Civil Veterinary Department. United Provinces 1923-31 - 1923-1931
Year: 1923
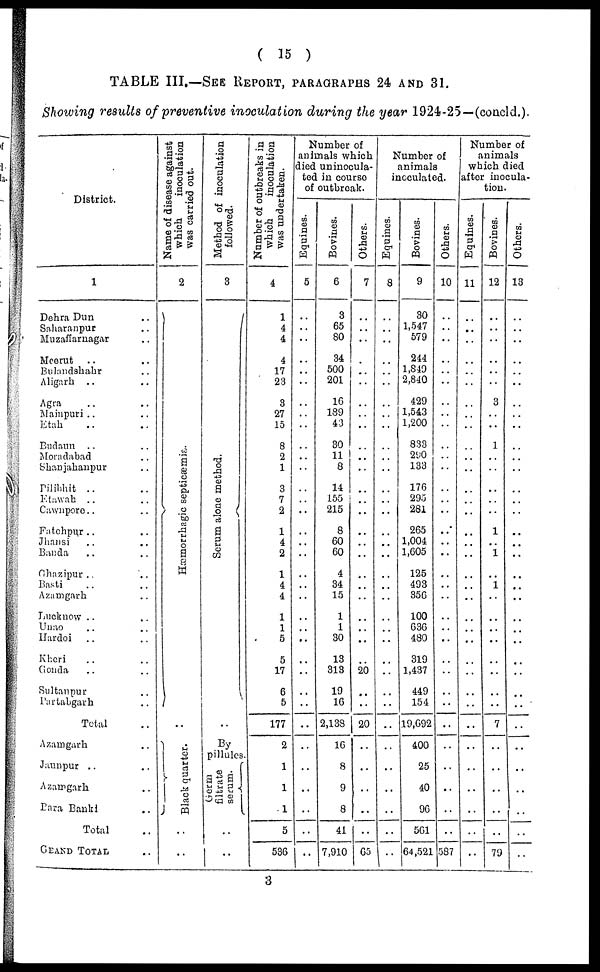
( 15 )
TABLE III.—SEE REPORT, PARAGRAPHS 24 AND 31.
Showing results of preventive inoculation during the year 1924-25—(concld.).
District.
1
Dehra Dun ..
Saharanpur ..
Muzaffarnagar ..
Meetut .. ..
Bulandshahr ..
Aligarh .. ..
Agra .. ..
Mainpuri .. ..
Etah .. ..
Budaun .. ..
Moradabad ..
Shanjahanpur ..
Pilibhit .. ..
Etawah .. ..
Cawnpore.. ..
Fatchpur.. ..
Jhansi .. ..
Bauda .. ..
Ghazipur .. ..
Basti .. ..
Azamgarh ..
Lucknow .. ..
Unao .. ..
Hardoi .. ..
Kheri .. ..
Gonda .. ..
Sultanpur ..
Partabgarh ..
Total ..
Azamgarh ..
Jaunpur .. ..
Azamgarh ..
Para Bankl ..
Total ..
GRAND TOTAL ..
Name of disease against
which
inoculation
was carried out.
2
Hæmorrhagic septicæmia.
Black quarter.
..
Method of inoculation
followed.
3
Se r
um alone method.
By
pillules
Germ
filtrate
serum.
..
Number of outbreaks in
which
inoculation
was undertaken.
4
1
4
4
4
17
23
3
27
15
8
2
1
3
7
2
1
4
2
1
4
4
1
1
5
5
17
6
5
177
2
1
1
1
5
536
Number of
animals which
died uninocula-
ted in course
of outbreak.
Equines.
5
..
..
..
..
..
..
..
..
..
..
..
..
..
..
..
..
..
..
..
..
..
..
..
..
..
..
..
..
..
..
..
..
..
..
..
Bovines.
6
3
65
80
34
500
201
16
189
43
30
11
8
14
155
215
8
60
60
4
34
15
1
1
30
13
313
19
16
2,138
16
8
9
8
41
7,910
Others.
7
..
..
..
..
..
..
..
..
..
..
..
..
..
..
..
..
..
..
20
20
..
..
65
Number of
animals
inoculated.
Equines.
8
..
..
..
..
..
..
..
..
..
..
..
..
..
..
..
..
..
..
..
..
..
Bovines.
9
30
1,547
579
244
1,849
2,840
429
1,543
1,200
833
290
133
176
295
281
265
1,004
1,605
125
493
356
100
636
480
319
1,437
449
154
19,692
400
25
40
96
561
64,521
Others.
10
..
..
..
..
..
..
..
..
..
..
..
..
..
..
..
..
..
..
..
..
..
..
..
..
..
..
..
..
..
..
..
..
..
..
587
Number of
animals
which died
after inocula-
tion.
Equines.
11
..
..
..
..
..
..
..
..
..
..
..
..
..
..
..
..
..
..
..
..
..
..
..
..
..
..
..
..
..
..
..
..
..
..
..
Bovines.
12
..
..
..
..
..
..
3
..
..
1
..
..
..
..
..
1
..
1
..
1
..
..
..
..
..
..
..
..
7
..
..
..
..
..
79
Others.
13
..
..
..
..
..
..
..
..
..
..
..
..
..
..
..
..
..
..
..
..
..
..
..
..
..
..
..
..
..
..
..
..
..
..
..
3